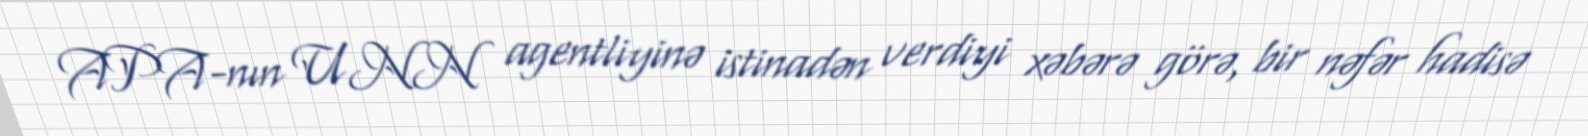
APA-nın UNN agentliyinə istinadən verdiyi xəbərə görə, bir nəfər hadisə